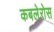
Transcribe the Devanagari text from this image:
कबलेरोस